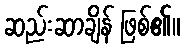
ဆည်းဆာချိန် ဖြစ်၏။